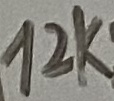
Text: 12K